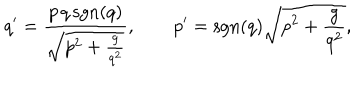
q ^ { \prime } = \frac { p \, q \, \mathrm { s g n } ( q ) } { \sqrt { p ^ { 2 } + \frac { g } { q ^ { 2 } } } } , \qquad p ^ { \prime } = \mathrm { s g n } ( q ) \sqrt { p ^ { 2 } + \frac { g } { q ^ { 2 } } } ,